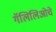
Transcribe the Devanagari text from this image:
गॅलिलिओचे